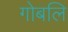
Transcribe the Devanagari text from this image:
गोबलि